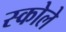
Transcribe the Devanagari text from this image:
स्कोले